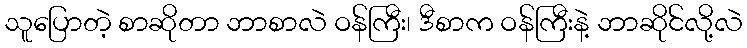
သူပြောတဲ့ စာဆိုတာ ဘာစာလဲ ဝန်ကြီး၊ ဒီစာက ဝန်ကြီးနဲ့ ဘာဆိုင်လို့လဲ